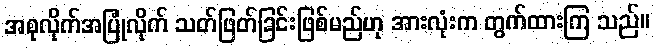
အစုလိုက်အပြုံလိုက် သတ်ဖြတ်ခြင်းဖြစ်မည်ဟု အားလုံးက တွက်ထားကြ သည်။